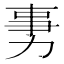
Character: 𠡸